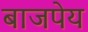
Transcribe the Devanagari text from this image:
बाजपेय